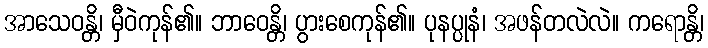
အာသေဝန္တိ၊ မှီဝဲကုန်၏။ ဘာဝေန္တိ၊ ပွားစေကုန်၏။ ပုနပ္ပုနံ၊ အဖန်တလဲလဲ။ ကရောန္တိ၊